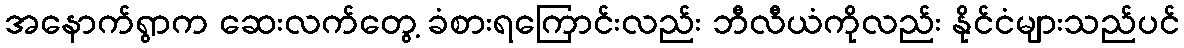
အနောက်ရွာက ဆေးလက်တွေ့ ခံစားရကြောင်းလည်း ဘီလီယံကိုလည်း နိုင်ငံများသည်ပင်